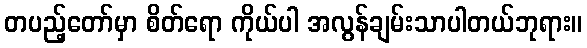
တပည့်တော်မှာ စိတ်ရော ကိုယ်ပါ အလွန်ချမ်းသာပါတယ်ဘုရား။